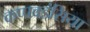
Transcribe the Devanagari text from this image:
कप्पवडंसिया